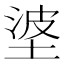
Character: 𪣭